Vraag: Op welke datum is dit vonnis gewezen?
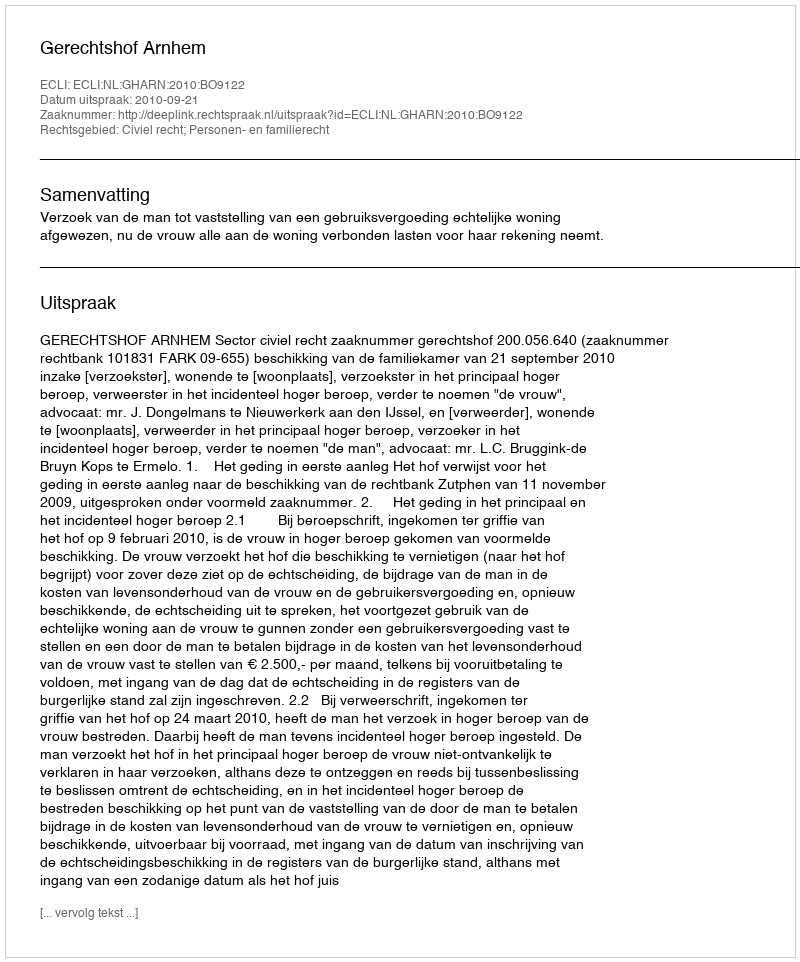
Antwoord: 2010-09-21